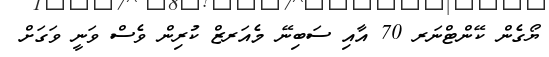
ޔޯގެން ކޭންޓްނަރ 70 އާއި ސަބިނޭ މެއަރޒް ކުރިން ވެސް ވަނީ ވަގަށް